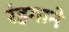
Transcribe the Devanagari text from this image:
रंहगाने